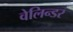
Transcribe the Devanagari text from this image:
वेलिन्डर